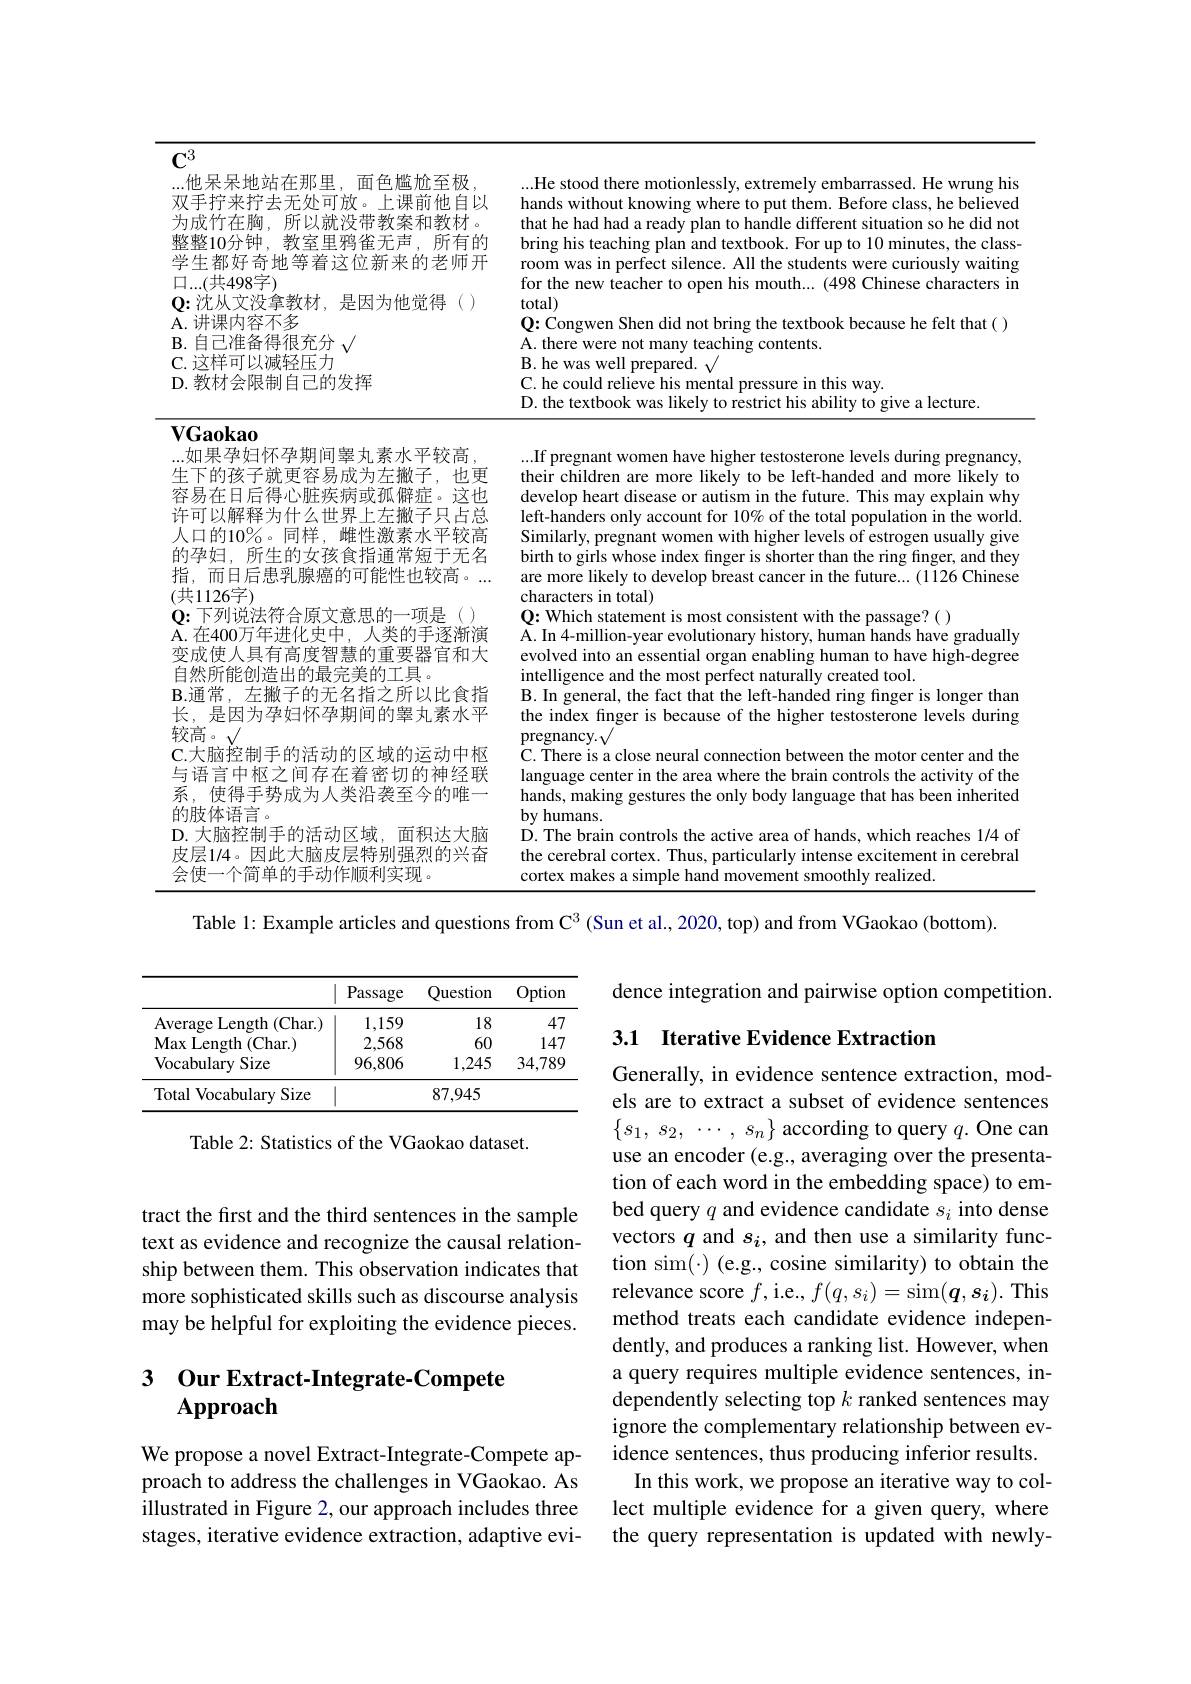
$\mathbf{C}^3$
<table>
	<tbody>
		<tr>
			<td>他是宏物 中 面色槛尬至极 市点 1 排</td>
			<td> </td>
		</tr>
		<tr>
			<td>为成价在阶 $\tilde{\text{所}}|$ LATT 777</td>
			<td> </td>
		</tr>
		<tr>
			<td>憨憨10分钟 教家 所有的 中妈爸干舌</td>
			<td> </td>
		</tr>
		<tr>
			<td>学生都好奇地等着这位新来的老师开</td>
			<td>$W$</td>
		</tr>
		<tr>
			<td>(共498字)</td>
			<td>charact</td>
		</tr>
		<tr>
			<td> </td>
			<td>total)</td>
		</tr>
		<tr>
			<td>讲课内容不多</td>
			<td>0{:}Congwen Shen did not bring t the texthook because he felt tha</td>
		</tr>
		<tr>
			<td>$B.$ H</td>
			<td>A. there v were not manv $\iota$ teachung r contents</td>
		</tr>
		<tr>
			<td>1又在口 减轻压力</td>
			<td>B.he was 21 Wel nrenared</td>
		</tr>
	</tbody>
</table>

class-
$\mathbf{VGaokao}$

his not $in$ :( )

...如果孕妇怀孕期间睾丸素水平较高，

生下的孩子就更容易成为左撇子，也更容易在日后得心脏疾病或孤僻症。这也许可以解释为什么世界上左撇子只占总人口的10%。同样，雌性激素水平较高的孕妇，所生的女孩食指通常短于无名指，而日后患乳腺癌的可能性也较高。... (共1126字)
$\mathbf{Q}{:}$下列说法符合原文意思的一项是() A. 在400万年进化史中，人类的手逐渐演变成使人具有高度智慧的重要器官和大自然所能创造出的最完美的工具。
B.通常，左撇子的无名指之所以比食指长，是因为孕妇怀孕期间的睾丸素水平较高。√
$\dot{\mathbf{C}}.\dot{\text{大脑控制手的活动的区域的运动中枢}}$ 与语言中枢之间存在着密切的神经联系，使得手势成为人类沿袭至今的唯一的肢体语言。
$\mathbf{D}.$大脑控制手的活动区域，面积达大脑皮层1/4。因此大脑皮层特别强烈的兴奋会使一个简单的手动作顺利实现。

...If pregnant women have higher testosterone levels during pregnancy, their children are more likely to be left-handed and more likely to develop heart disease or autism in the future. This may explain why left-handers only account for 10% of the total population in the world Similarly, pregnant women with higher levels of estrogen usually give birth to girls whose index finger is shorter than the ring finger, and they are more likely to develop breast cancer in the future...(1126 Chinese characters in total)
$\mathbf{Q}{:}$ Which statement is most consistent with the passage?()
$\bar{A}$. In 4- million- year evolutionary history, human hands have gradually evolved into an essential organ enabling human to have high-degree intelligence and the most perfect naturally created tool.
B. In general, the fact that the left-handed ring finger is longer than the index finger is because of the higher testosterone levels during pregnancy.√
C. There is a close neural connection between the motor center and the language center in the area where the brain controls the activity of the hands, making gestures the only body language that has been inherited $byhumans.$
D. The brain controls the active area of hands, which reaches 1/4 of the cerebral cortex. Thus, particularly intense excitement in cerebral cortex makes a simple hand movement smoothly realized.

Table l: Example articles and questions from $\mathbb{C}^3$ (Sun et al., 2020, top) and from VGaokao (bottom).

dence integration and pairwise option competition.

## 3.1 Iterative Evidence Extraction

<table>
	<tbody>
		<tr>
			<th> </th>
			<th>Passage</th>
			<th>Question</th>
			<th>Option</th>
		</tr>
		<tr>
			<td>Average I ength $\mathbf{1} \left ( \mathrm{Char. }\right )$</td>
			<td>1,159</td>
			<td>18</td>
			<td>47</td>
		</tr>
		<tr>
			<td>$\mathbf{MaxLength}$ $\mathbf{1} \left ( \mathrm{Char. }\right )$</td>
			<td>2,568</td>
			<td>60</td>
			<td>147</td>
		</tr>
		<tr>
			<td>Vocabulary Size</td>
			<td>96,806</td>
			<td>1,245</td>
			<td>34,789</td>
		</tr>
		<tr>
			<td>Total Vocabulary Size</td>
			<td> </td>
			<td>87,945</td>
			<td> </td>
		</tr>
	</tbody>
</table>

Table 2: Statistics of the VGaokao dataset.

tract the first and the third sentences in the sample text as evidence and recognize the causal relationship between them. This observation indicates that more sophisticated skills such as discourse analysis may be helpful for exploiting the evidence pieces.

Generally, in evidence sentence extraction, models are to extract a subset of evidence sentences $\begin{Bmatrix}s_{1},\:s_{2},&\cdots,\:s_{n}\end{Bmatrix}$ according to query $q.$ One can use an encoder (e.g., averaging over the presentation of each word in the embedding space) to embed query $q$ and evidence candidate $s_i$ into dense vectors $q$ and $s_i$, and then use a similarity function sim(·) (e.g., cosine similarity) to obtain the relevance score $f$,i.e., $f(q,s_i)=\operatorname{sim}(\boldsymbol{q},\boldsymbol{s_i}).$ This method treats each candidate evidence independently, and produces a ranking list. However, when a query requires multiple evidence sentences, independently selecting top $k$ ranked sentences may ignore the complementary relationship between evidence sentences, thus producing inferior results.
In this work, we propose an iterative way to collect multiple evidence for a given query, where the query representation is updated with newly-

## 3 Our Extract-Integrate-Compete Approach

We propose a novel Extract-Integrate-Compete approach to address the challenges in VGaokao. As illustrated in Figure 2, our approach includes three stages, iterative evidence extraction, adaptive evi-